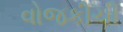
વોજકીચી